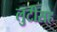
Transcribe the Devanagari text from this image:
लुटीसह